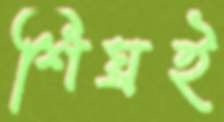
শিঘ্রই